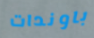
باوندات